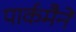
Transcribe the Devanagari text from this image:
पार्कमैने